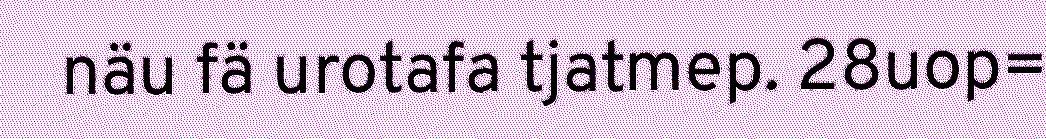
näu fä urotafa tjatmep. 28uop=